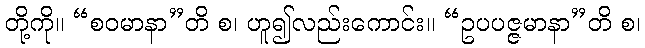
တို့ကို။ “စဝမာနာ”တိ စ၊ ဟူ၍လည်းကောင်း။ “ဥပပဇ္ဇမာနာ”တိ စ၊